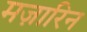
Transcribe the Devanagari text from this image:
मज़ारिन